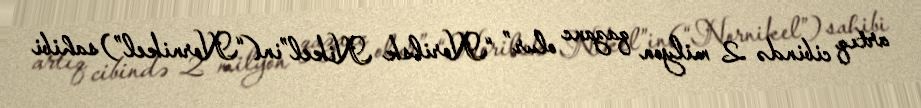
artıq cibində 2 milyon qazanc olur” “Norilsk Nikel”in(“Nornikel”) sahibi